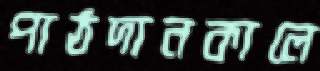
পাঠদানকালে